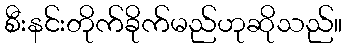
စီးနင်းတိုက်ခိုက်မည်ဟုဆိုသည်။